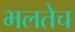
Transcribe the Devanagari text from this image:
भलतेच